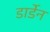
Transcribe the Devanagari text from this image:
डार्डेन